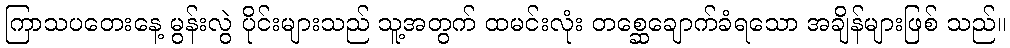
ကြာသပတေးနေ့ မွန်းလွဲ ပိုင်းများသည် သူ့အတွက် ထမင်းလုံး တစ္ဆေချောက်ခံရသော အချိန်များဖြစ် သည်။